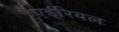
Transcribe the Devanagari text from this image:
एईरियल